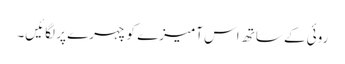
روئی کے ساتھ اس آمیزے کو چہرے پر لگائیں۔